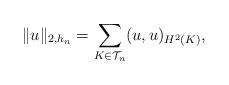
LaTeX: \begin{align*} \|u\|_{2, h_n} = \sum_{K \in \mathcal{T}_n} (u, u)_{H^2(K)},\end{align*}